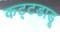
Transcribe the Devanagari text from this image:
कट्टडाडू